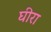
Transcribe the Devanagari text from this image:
घीरा